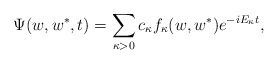
LaTeX: \begin{align*}\Psi(w,w^{\ast},t)=\sum_{\kappa>0}^{}c_{\kappa}f_{\kappa}(w,w^{\ast})e^{-iE_{\kappa}t},\end{align*}